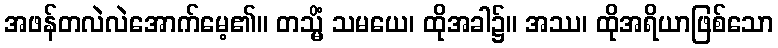
အဖန်တလဲလဲအောက်မေ့၏။ တသ္မိံ သမယေ၊ ထိုအခါ၌။ အဿ၊ ထိုအရိယာဖြစ်သော